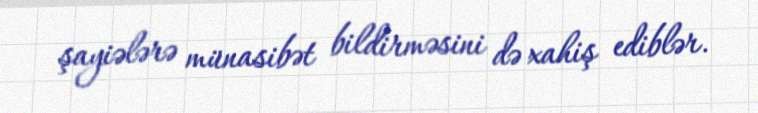
şayiələrə münasibət bildirməsini də xahiş ediblər.